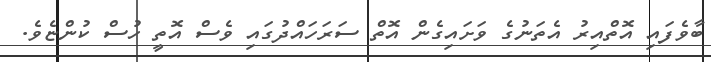
ބާވެފައި އޮތްއިރު އެތަނުގެ ވަށައިގެން އޮތް ސަރަހައްދުގައި ވެސް އޮތީ ހުސް ކުންޏެވެ.